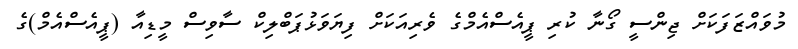
މުވައްޒަފަކަށް ޖިންސީ ގޯނާ ކުރި ޕީއެސްއެމްގެ ވެރިއަކަށް ފިޔަވަޅުޕަބްލިކް ސާވިސް މީޑިއާ (ޕީއެސްއެމް)ގެ